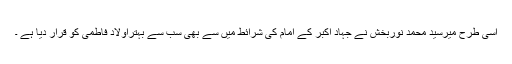
اسی طرح میرسید محمد نوربخش نے جہاد اکبر کے امام کی شرائط میں سے بھی سب سے بہتراولاد فاطمی کو قرار دیا ہے ۔